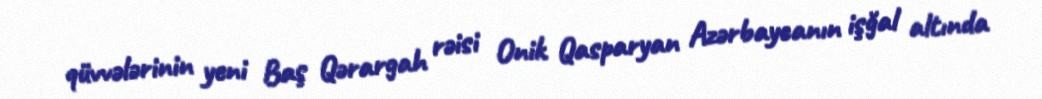
qüvvələrinin yeni Baş Qərargah rəisi Onik Qasparyan Azərbaycanın işğal altında